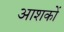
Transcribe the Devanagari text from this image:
आशकों